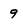
Character: 9